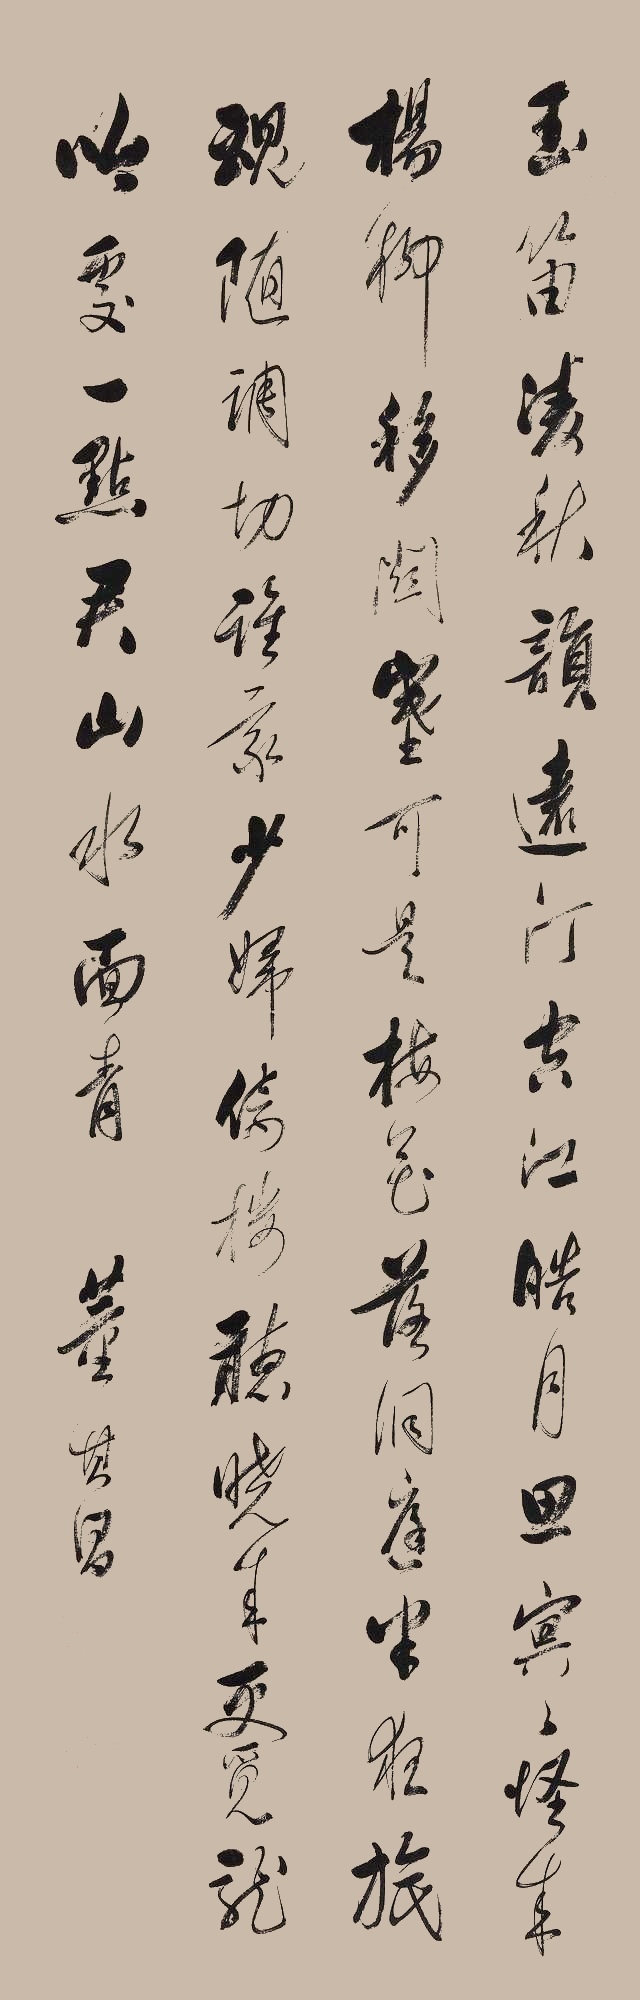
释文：玉笛凌秋韵远汀，空江皓月思冥冥。怪来杨柳移关塞，可是梅花落洞庭。半夜旅魂随调切，谁家少妇倚楼听。晓来更觅龙吟处，一点君山水面青。董其昌。